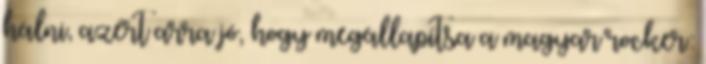
hálni, azért arra jó, hogy megállapítsa a magyar rocker: